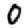
Digit: 0